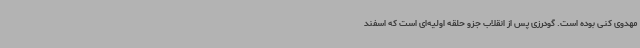
مهدوی کنی بوده است. گودرزی پس از انقلاب جزو حلقه اولیه‌ای است که اسفند